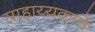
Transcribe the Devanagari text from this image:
साहाय्यकाचे